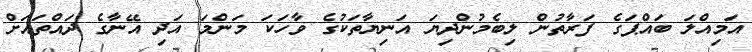
އަމިއްލަ ބައްޕަގެ ފަރާތުން ލިބެމުންދިޔަ އަނިޔާތަކުގެ ވާހަކަ މަންމަ އަދި އޭނާގެ ދައްތައަށް